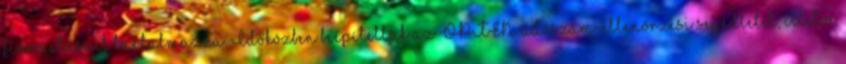
finomításait tartalmazza. Időközben beépítettük az OPTEN adószám-ellenőrzési segédletet, illetve